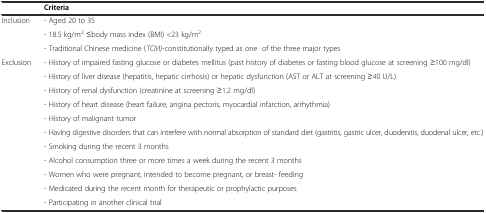
<table><thead><tr><td></td><td><b>Criteria</b></td></tr></thead><tbody><tr><td>Inclusion</td><td>- Aged 20 to 35</td></tr><tr><td></td><td>- 18.5 kg/m<sup>2</sup> ≤body mass index (BMI) &lt;23 kg/m<sup>2</sup></td></tr><tr><td></td><td>- Traditional Chinese medicine (<i>TCM)-</i>constitutionally typed as one of the three major types</td></tr><tr><td>Exclusion</td><td>- History of impaired fasting glucose or diabetes mellitus (past history of diabetes or fasting blood glucose at screening ≥100 mg/dl)</td></tr><tr><td></td><td>- History of liver disease (hepatitis, hepatic cirrhosis) or hepatic dysfunction (AST or ALT at screening ≥40 U/L)</td></tr><tr><td></td><td>- History of renal dysfunction (creatinine at screening ≥1.2 mg/dl)</td></tr><tr><td></td><td>- History of heart disease (heart failure, angina pectoris, myocardial infarction, arrhythmia)</td></tr><tr><td></td><td>- History of malignant tumor</td></tr><tr><td></td><td>- Having digestive disorders that can interfere with normal absorption of standard diet (gastritis, gastric ulcer, duodenitis, duodenal ulcer, etc.)</td></tr><tr><td></td><td>- Smoking during the recent 3 months</td></tr><tr><td rowspan="2"></td><td>- Alcohol consumption three or more times a week during the recent 3 months</td></tr><tr><td>- Women who were pregnant, intended to become pregnant, or breast- feeding</td></tr><tr><td></td><td>- Medicated during the recent month for therapeutic or prophylactic purposes</td></tr><tr><td></td><td>- Participating in another clinical trial</td></tr></tbody></table>